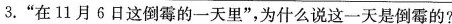
3.”在11月6日这倒霉的一天里”，为什么说这一天是倒霉的?